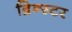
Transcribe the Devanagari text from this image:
ब्रिन्स्टर